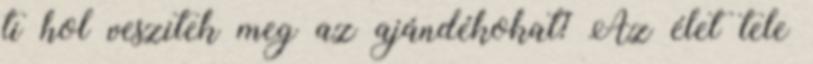
ti hol veszitek meg az ajándékokat? Az élet tele